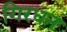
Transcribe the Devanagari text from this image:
गिरधन